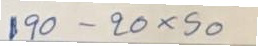
190 - 20 x 50